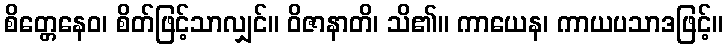
စိတ္တေနေဝ၊ စိတ်ဖြင့်သာလျှင်။ ဝိဇာနာတိ၊ သိ၏။ ကာယေန၊ ကာယပသာဒဖြင့်။